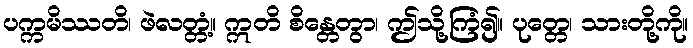
ပက္ကမိဿတိ၊ ဖဲလတ္တံ့။ ဣတိ စိန္တေတွာ၊ ဤသို့ကြံ၍။ ပုတ္တေ၊ သားတို့ကို။